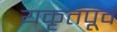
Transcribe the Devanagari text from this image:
यकृतपूर्व